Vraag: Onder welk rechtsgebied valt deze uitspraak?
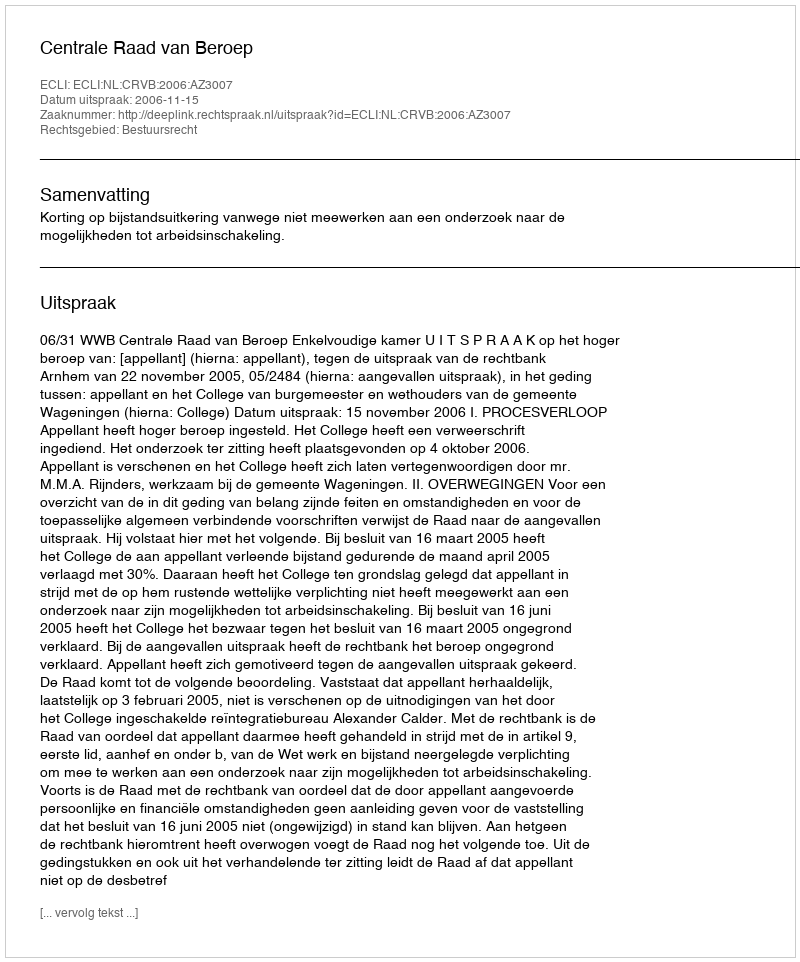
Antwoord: Bestuursrecht